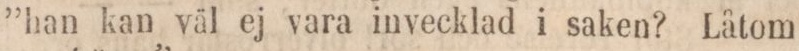
”han kan väl ej vara invecklad i saken? Låtom